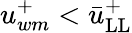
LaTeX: u_{wm}^{+}<\bar{u}_{\mathrm{LL}}^{+}